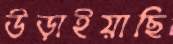
উড়াইয়াছি